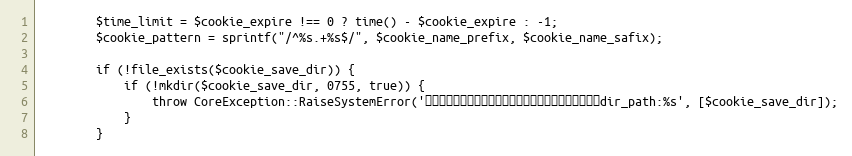
Language: PHP
		$time_limit = $cookie_expire !== 0 ? time() - $cookie_expire : -1;
		$cookie_pattern	= sprintf("/^%s.+%s$/", $cookie_name_prefix, $cookie_name_safix);

		if (!file_exists($cookie_save_dir)) {
			if (!mkdir($cookie_save_dir, 0755, true)) {
				throw CoreException::RaiseSystemError('クッキー認証用ディレクトリを構築できませんでした。dir_path:%s', [$cookie_save_dir]);
			}
		}